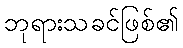
ဘုရားသခင်ဖြစ်၏